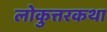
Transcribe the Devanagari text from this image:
लोकुत्तरकथा